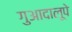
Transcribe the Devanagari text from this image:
गुआदालूपे